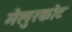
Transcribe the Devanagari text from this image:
मेलुरकोट